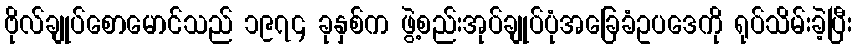
ဗိုလ်ချုပ်စောမောင်သည် ၁၉၇၄ ခုနှစ်က ဖွဲ့စည်းအုပ်ချုပ်ပုံအခြေခံဥပဒေကို ရုပ်သိမ်းခဲ့ပြီး